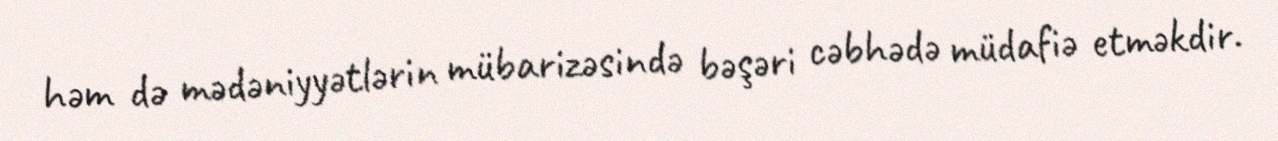
həm də mədəniyyətlərin mübarizəsində bəşəri cəbhədə müdafiə etməkdir.